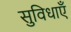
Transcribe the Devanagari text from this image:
सुविधाऍं